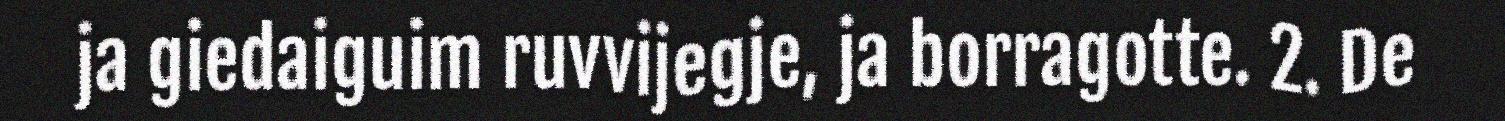
ja giedaiguim ruvvijegje, ja borragotte. 2. De